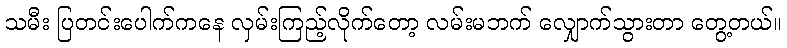
သမီး ပြတင်းပေါက်ကနေ လှမ်းကြည့်လိုက်တော့ လမ်းမဘက် လျှောက်သွားတာ တွေ့တယ်။